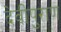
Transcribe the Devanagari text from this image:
देवीपुराण